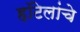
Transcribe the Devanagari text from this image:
हॉटेलांचे